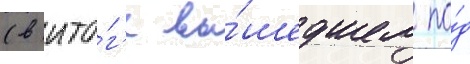
(в ито́г'е вы́шедшем по́д